Notes on the propagation and cultivation of the medicinal cinchonas, or Peruvian bark trees
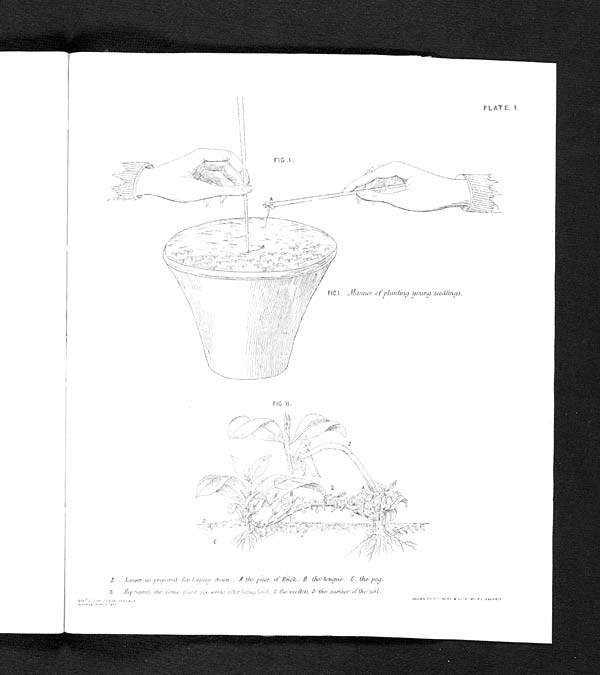
PLATE. 1.
FIG.I Manner of planting young seedlings
FIG. II.
1.
Layer as Prepared for laying down. A the piece of Brick, B, the tongue. C. the peg.
2 Represents the same plant,six weeks after being laid C the rootlets D the sur
face of the soil.